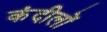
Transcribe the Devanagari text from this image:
कंदीलों